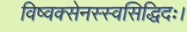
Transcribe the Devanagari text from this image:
विष्वक्सेनस्स्वसिद्धिदः।